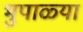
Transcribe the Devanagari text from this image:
भुपाळ्या